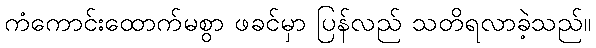
ကံကောင်းထောက်မစွာ ဖခင်မှာ ပြန်လည် သတိရလာခဲ့သည်။